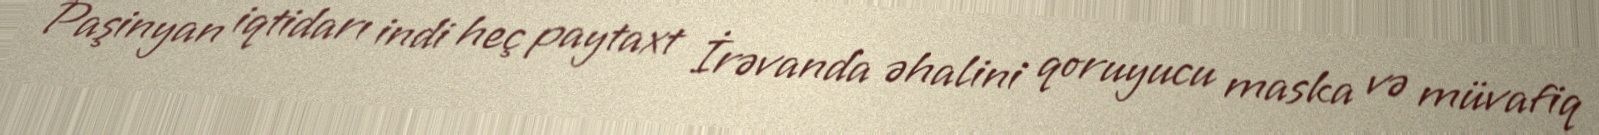
Paşinyan iqtidarı indi heç paytaxt İrəvanda əhalini qoruyucu maska və müvafiq